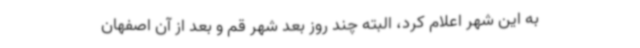
به این شهر اعلام کرد، البته چند روز بعد شهر قم و بعد از آن اصفهان